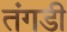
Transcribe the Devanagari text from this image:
तंगडी